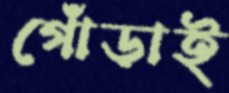
গোঁড়াই